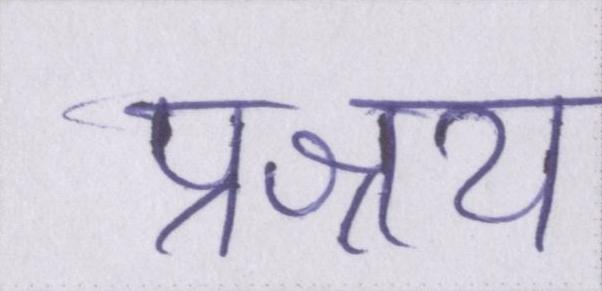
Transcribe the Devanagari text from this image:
प्रश्रय